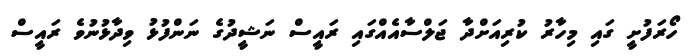
ހޯރަފުށީ ގައި މިހާރު ކުރިއަށްދާ ޖަލްސާއެއްގައި ރައީސް ނަޝީދުގެ ނަންފުޅު ވިދާޅުނުވެ ރައީސް